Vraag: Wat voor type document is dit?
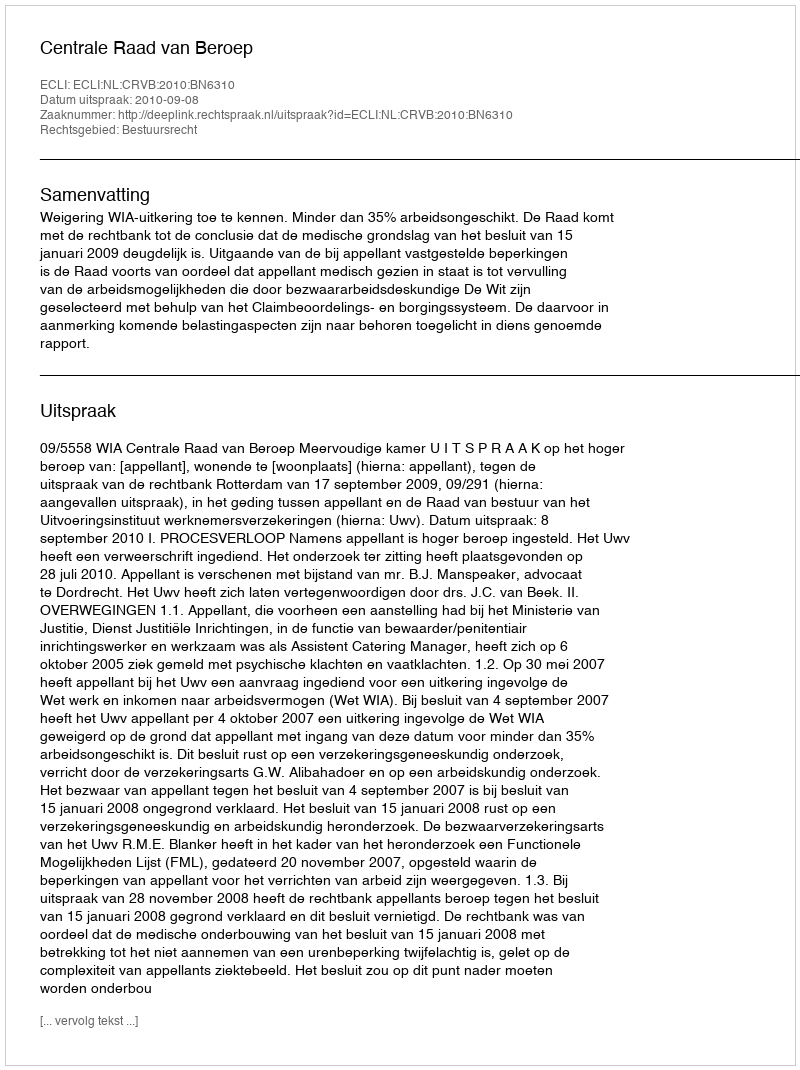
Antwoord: Uitspraak